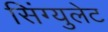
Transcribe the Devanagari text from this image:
सिंग्युलेट